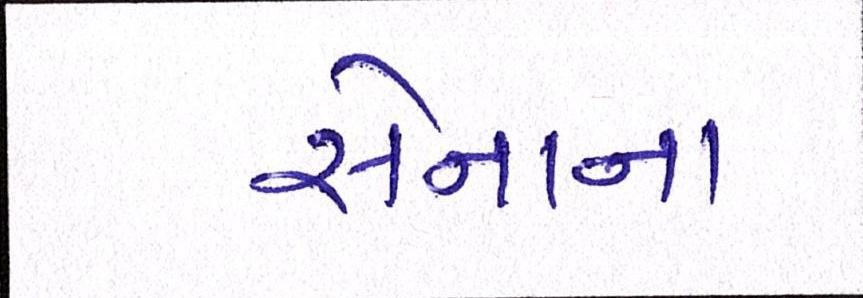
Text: સેનાના